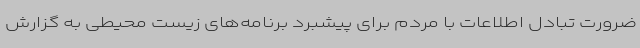
ضرورت تبادل اطلاعات با مردم برای پیشبرد برنامه‌های زیست محیطی به گزارش